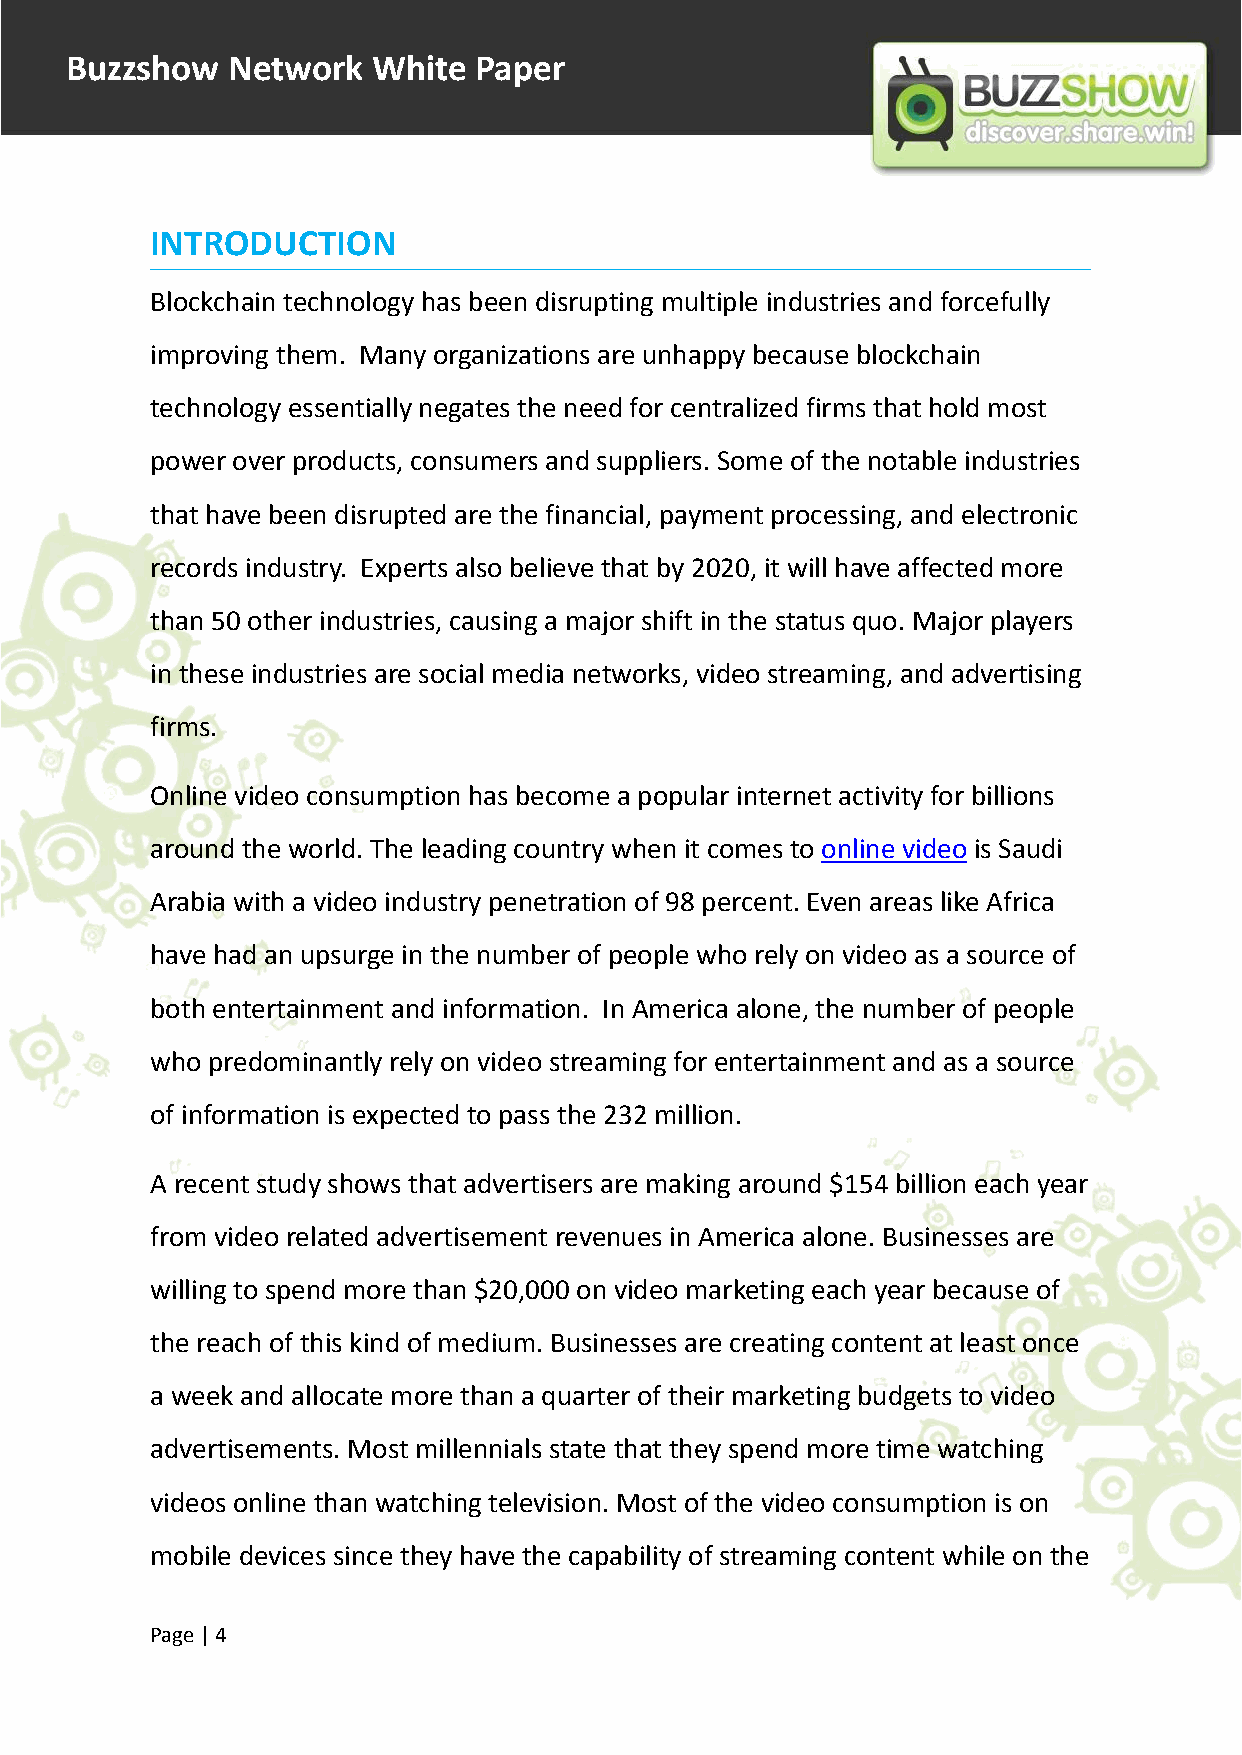
Buzzshow   Network   White Paper
 INTRODUCTION
 Blockchain technology has been disrupting multiple industries and forcefully
 improving them. Many organizations are unhappy because blockchain
 technology essentially negates the need for centralized firms that hold most
 power over products, consumers and suppliers. Some of the notable industries
 that have been disrupted are the financial, payment processing, and electronic
 records industry. Experts also believe that by 2020, it will have affected more
 than 50 other industries, causing a major shift in the status quo. Major players
 in these industries are social media networks, video streaming, and advertising
 firms.
 Online video consumption has become a popular internet activity for billions
 around the world. The leading country when it comes to online video is Saudi
 Arabia with a video industry penetration of 98 percent. Even areas like Africa
 have had an upsurge in the number of people who rely on video as a source of
 both entertainment and information. In America alone, the number of people
 who predominantly rely on video streaming for entertainment and as a source
 of information is expected to pass the 232 million.
 A recent study shows that advertisers are making around $154 billion each year
 from video related advertisement revenues in America alone. Businesses are
 willing to spend more than $20,000 on video marketing each year because of
 the reach of this kind of medium. Businesses are creating content at least once
 a week and allocate more than a quarter of their marketing budgets to video
 advertisements. Most millennials state that they spend more time watching
 videos online than watching television. Most of the video consumption is on
 mobile devices since they have the capability of streaming content while on the
 Page |4